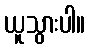
ယူသွားပါ။